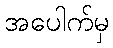
အပေါက်မှ